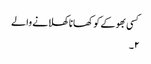
کسی بھوکے کو کھانا کھلانے والے
۲۔